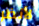
لأنظر